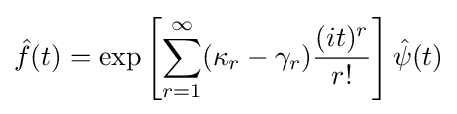
{\hat {f}}(t)=\exp \left[\sum _{r=1}^{\infty }(\kappa _{r}-\gamma _{r}){\frac {(it)^{r}}{r!}}\right]{\hat {\psi }}(t)